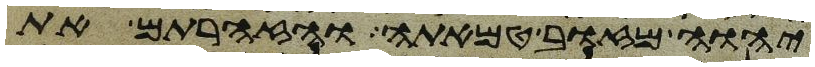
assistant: יהוה מזוב טמאתה והזהרתם את